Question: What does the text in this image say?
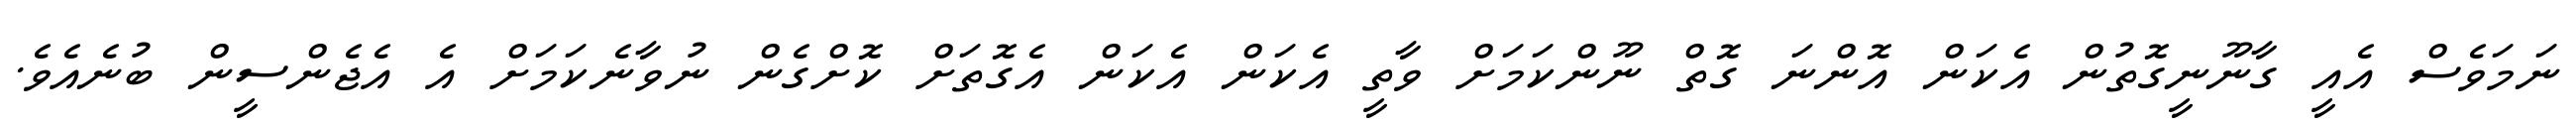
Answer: ނަމަވެސް އެއީ ގާނޫނީގޮތުން އެކަން އޮންނަ ގޮތް ނޫންކަމަށް ވާތީ އެކަން އެކަން އެގޮތަށް ކޮށްގެން ނުވާނެކަމަށް އެ އެޖެންސީން ބުނެއެވެ.